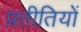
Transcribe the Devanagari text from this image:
प्रतीतियों